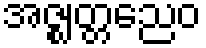
အဇ္ဈတ္တညေဝ